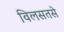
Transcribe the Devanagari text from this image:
विलसतसे